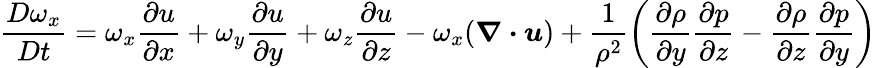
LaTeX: \frac{D\omega_{x}}{Dt}=\omega_{x}\frac{\partial u}{\partial x}+\omega_{y}\frac{\partial u}{\partial y}+\omega_{z}\frac{\partial u}{\partial z}-\omega_{x}(\boldsymbol{\nabla\cdot u})+\frac{1}{\rho^{2}}\bigg(\frac{\partial\rho}{\partial y}\frac{\partial p}{\partial z}-\frac{\partial\rho}{\partial z}\frac{\partial p}{\partial y}\bigg)